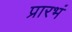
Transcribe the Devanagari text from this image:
प्रारभं